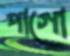
পাগো